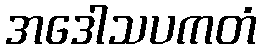
အဒေါသပကတံ